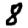
Digit: 8